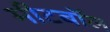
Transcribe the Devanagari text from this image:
मीटबॉल